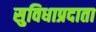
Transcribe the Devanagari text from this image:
सुविधाप्रदाता